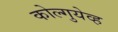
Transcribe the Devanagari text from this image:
कोल्गुयेव्ह